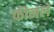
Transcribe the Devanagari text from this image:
फीनले